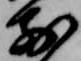
前